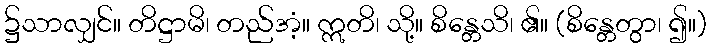
၌သာလျှင်။ တိဋ္ဌာမိ၊ တည်အံ့။ ဣတိ၊ သို့။ စိန္တေသိ၊ ၏။ (စိန္တေတွာ၊ ၍။)